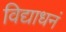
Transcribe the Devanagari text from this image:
विद्याधनं